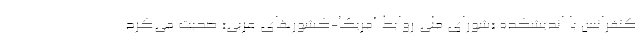
کنفرانس با اندیشکده «شورای ملی روابط آمریکا-کشورهای عربی» صحبت می‌کرد